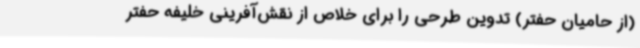
(از حامیان حفتر) تدوین طرحی را برای خلاص از نقش‌آفرینی خلیفه حفتر